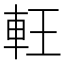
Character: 軖